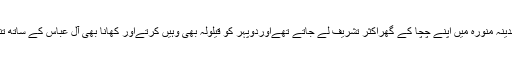
آنحضورﷺ مدینہ منورہ میں اپنے چچا کے گھراکثر تشریف لے جاتے تھےاوردوپہر کو قیلولہ بھی وہیں کرتےاور کھانا بھی آل عباس کے ساتھ تناول فرماتے۔